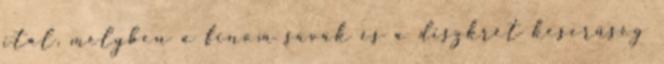
ital, melyben a finom savak és a diszkrét keserűség